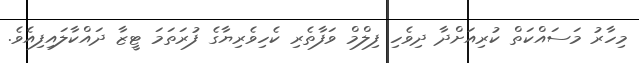
މިހާރު މަސައްކަތް ކުރިއަށްދާ ދިވެހި ފިލްމް ވަފާތެރި ކެހިވެރިޔާގެ ފުރަތަމަ ޓީޒާ ދައްކާލައިފިއެވެ.